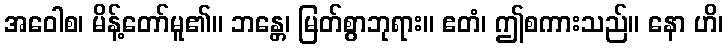
အဝေါစ၊ မိန့်တော်မူ၏။ ဘန္တေ၊ မြတ်စွာဘုရား။ ဧတံ၊ ဤစကားသည်။ နော ဟိ၊